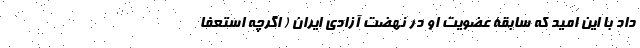
داد با این امید که سابقۀ عضویت او در نهضت آزادی ایران ( اگرچه استعفا